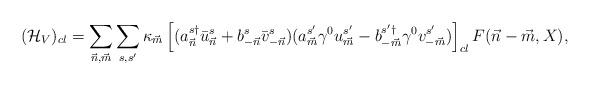
LaTeX: \begin{align*}({\cal H}_V)_{cl} =\sum_{{\vec n},{\vec m}} \sum_{s,s'} \kappa_{\vec m} \left[(a^{s\dagger}_{\vec n} \bar{u}^s_{\vec n} +b^{s}_{-{\vec n}} \bar{v}^s_{-{\vec n}})(a^{s'}_{\vec m} \gamma^0 u^{s'}_{\vec m} -b^{s'\dagger}_{-{\vec m}} \gamma^0 v^{s'}_{-{\vec m}})\right]_{cl}F({\vec n}-{\vec m},X),\end{align*}